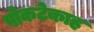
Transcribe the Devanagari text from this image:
पोकटेकाह